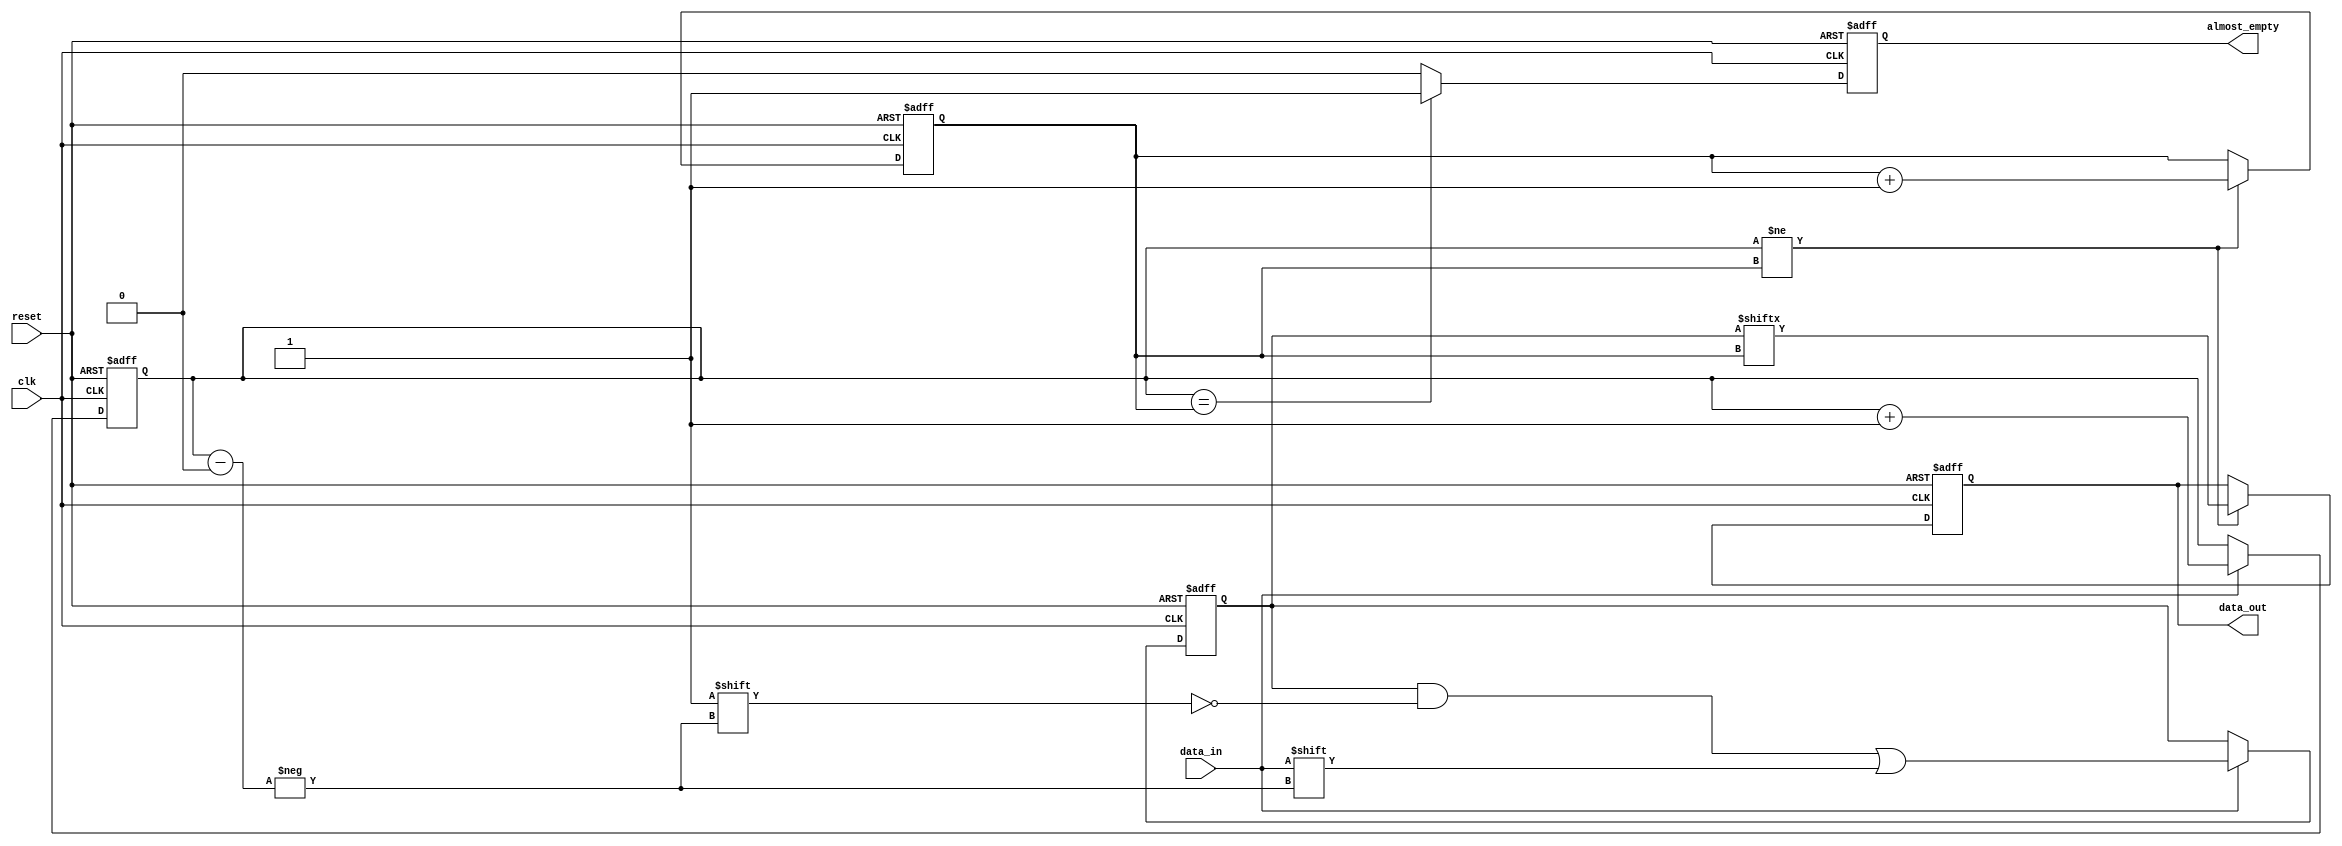
module almost_empty_fifo_buffer (
  input wire clk,
  input wire reset,
  input wire data_in,
  output reg data_out,
  output reg almost_empty
);

parameter BUFFER_DEPTH = 8; // 8 data elements in the buffer
reg [BUFFER_DEPTH-1:0] buffer;
reg [2:0] write_ptr, read_ptr;

always @(posedge clk or posedge reset) begin
  if (reset) begin
    buffer <= 0;
    write_ptr <= 0;
    read_ptr <= 0;
    data_out <= 0;
    almost_empty <= 0;
  end else begin
    if (data_in) begin
      buffer[write_ptr] <= data_in;
      write_ptr <= write_ptr + 1;
    end
    
    if (write_ptr == read_ptr) begin
      almost_empty <= 1; // buffer is almost empty
    end else begin
      almost_empty <= 0;
    end
    
    if (write_ptr != read_ptr) begin
      data_out <= buffer[read_ptr];
      read_ptr <= read_ptr + 1;
    end
  end
end

endmodule